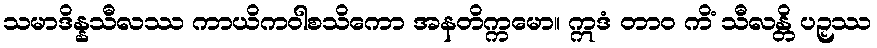
သမာဒိန္နသီလဿ ကာယိကဝါစသိကော အနတိက္ကမော။ ဣဒံ တာဝ ကိံ သီလန္တိ ပဉှဿ